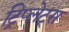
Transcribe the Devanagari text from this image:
ट्रिप्लेट्स